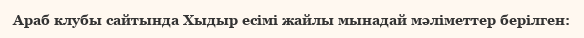
Араб клубы сайтында Хыдыр есімі жайлы мынадай мәліметтер берілген: